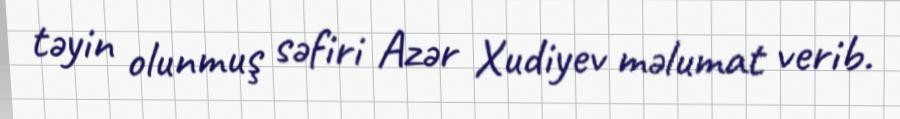
təyin olunmuş səfiri Azər Xudiyev məlumat verib.